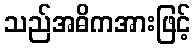
သည်အဓိကအားဖြင့်